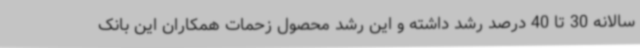
سالانه 30 تا 40 درصد رشد داشته و این رشد محصول زحمات همکاران این بانک